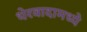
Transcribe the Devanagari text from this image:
थेरवादामध्ये